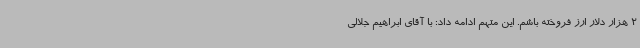
2 هزار دلار ارز فروخته باشم. این متهم ادامه داد: با آقای ابراهیم جلالی